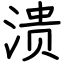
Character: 溃